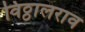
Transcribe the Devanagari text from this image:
विठ्ठालराव